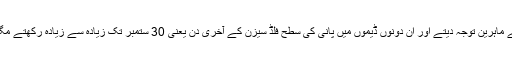
اس بات کی اشد ضرورت تھی کہ Arsa میں بیٹھے ماہرین توجہ دیتے اور ان دونوں ڈیموں میں پانی کی سطح فلڈ سیزن کے آخری دن یعنی 30 ستمبر تک زیادہ سے زیادہ رکھتے مگر پاکستانی اداروں میں چھائی مافیا کا اپنا کھیل تھا۔